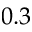
0 . 3